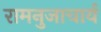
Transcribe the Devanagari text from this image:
रामनुजाचार्य